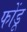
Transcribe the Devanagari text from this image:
फोंडू